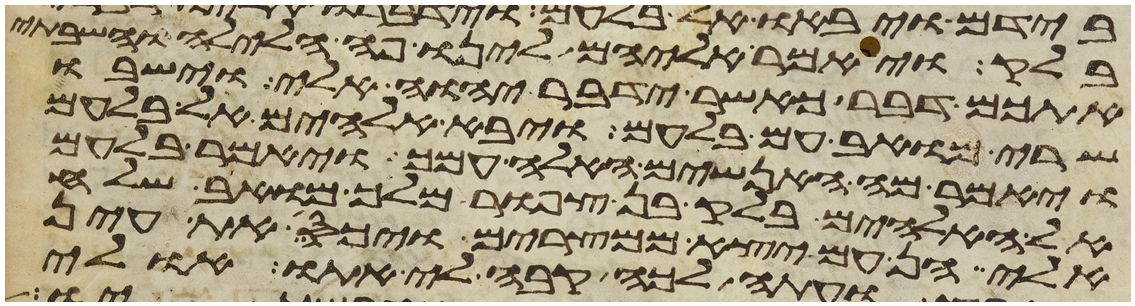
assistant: בלק ויאמר אליהם לינו פה הלילה והשבתי
אתכם דבר כאשר ידבר יהוה אלי וישבו
שרי מואב עם בלעם ויבא אלהים אל בלעם
ויאמר מה האנשים האלה עמך ויאמר בלעם
אל האלהים בלק בן צפור מלך מואב שלח
אלי הן עם יצא ממצרים ויכס את עין